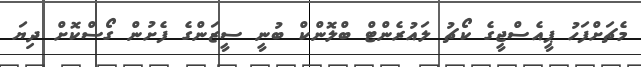
މެޗަށްފަހު ޕީއެސްޖީގެ ކޯޗު ލައުރެންޓް ބްލޮންކް ބުނީ ސީޒަންގެ ފެށުން ގޯސްކޮށް ދިޔަ